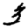
Digit: 3